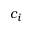
c _ { i }